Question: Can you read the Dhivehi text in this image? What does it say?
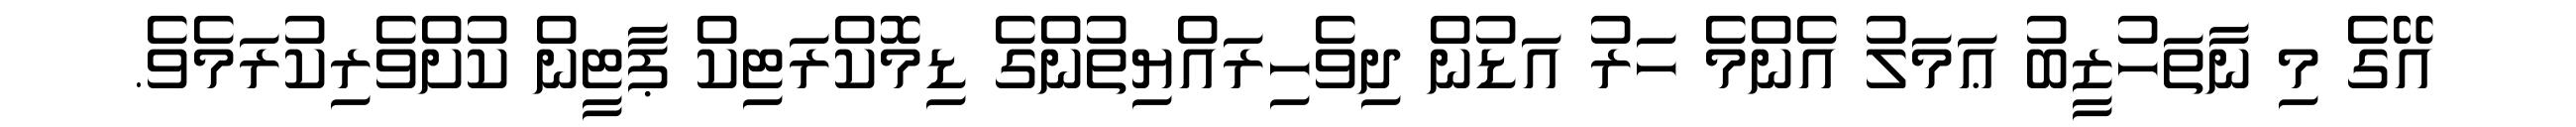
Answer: އޭގެ މި ނާތަހުޒީބު ޢަމަލު އެންމެ ހަރު އަޑުން ދިވެހިރައްޔިތުންގެ ޑިމޮކްރަޓިކް ޕާޓީން ކުށްވެރިކުރަމެވެ.